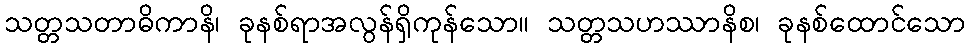
သတ္တသတာဓိကာနိ၊ ခုနစ်ရာအလွန်ရှိကုန်သော။ သတ္တသဟဿာနိစ၊ ခုနစ်ထောင်သော